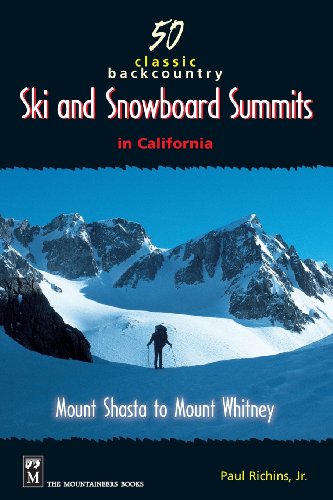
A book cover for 50 Classic Backcountry Ski and Snowboard Summits in California: Mount Shasta to Mount Whitney; Paul Richins Jr.; Sports & Outdoors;